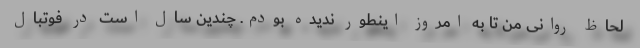
لحاظ روانی من تا به امروز اینطور ندیده بودم. چندین سال است در فوتبال